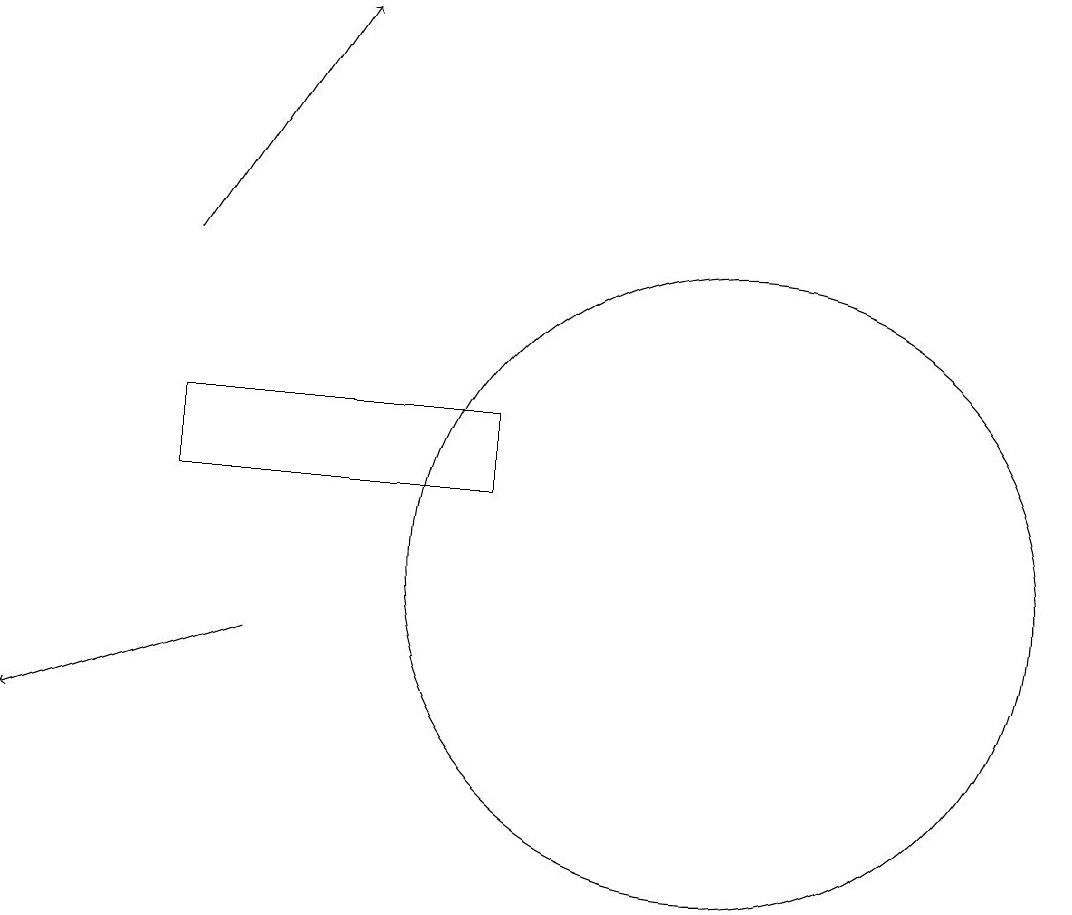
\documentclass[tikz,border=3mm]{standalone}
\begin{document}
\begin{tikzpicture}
\draw[->] (4,11) -- (1,10);
\draw (10,12) circle (4);
\draw[->] (3,16) -- (5,19);
\draw (3,14) rectangle (7,13);
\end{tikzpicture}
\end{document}